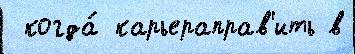
 когда́ карьераправ'ить в